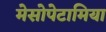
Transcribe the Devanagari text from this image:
मेसोपेटामिया